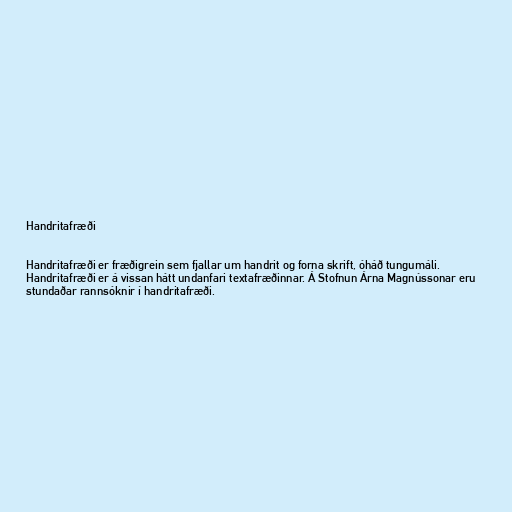
Handritafræði

Handritafræði er fræðigrein sem fjallar um handrit og forna skrift, óháð tungumáli.
Handritafræði er á vissan hátt undanfari textafræðinnar. Á Stofnun Árna Magnússonar eru
stundaðar rannsóknir í handritafræði.